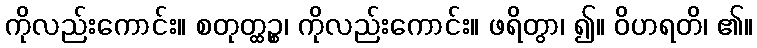
ကိုလည်းကောင်း။ စတုတ္ထဉ္စ၊ ကိုလည်းကောင်း။ ဖရိတွာ၊ ၍။ ဝိဟရတိ၊ ၏။